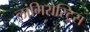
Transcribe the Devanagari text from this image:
लांगिरोस्ट्रिस